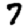
Digit: 7